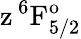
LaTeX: \mathrm{z\, ^{6}F_{5/2}^{o}}